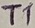
Text: T1